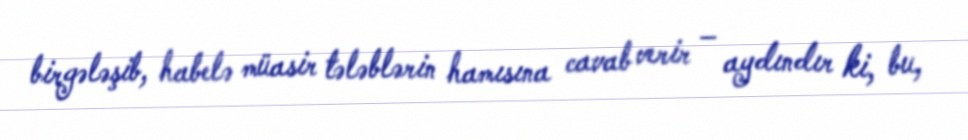
birgələşib, habelə müasir tələblərin hamısına cavab verir – aydındır ki, bu,